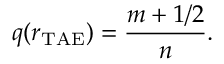
q ( r _ { \mathrm { T A E } } ) = \frac { m + 1 / 2 } { n } .